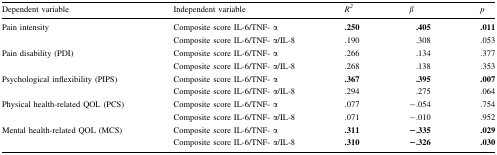
<table><thead><tr><td><b>Dependent variable</b></td><td><b>Independent variable</b></td><td><b><i>R</i><sup><i>2</i></sup></b></td><td><b><i>β</i></b></td><td><b><i>p</i></b></td></tr></thead><tbody><tr><td rowspan="2">Pain intensity</td><td>Composite score IL-6/TNF- α</td><td><b>.250</b></td><td><b>.405</b></td><td><b>.011</b></td></tr><tr><td>Composite score IL-6/TNF- α/IL-8</td><td>.190</td><td>.308</td><td>.053</td></tr><tr><td rowspan="2">Pain disability (PDI)</td><td>Composite score IL-6/TNF- α</td><td>.266</td><td>.134</td><td>.377</td></tr><tr><td>Composite score IL-6/TNF- α/IL-8</td><td>.268</td><td>.138</td><td>.353</td></tr><tr><td rowspan="2">Psychological inflexibility (PIPS)</td><td>Composite score IL-6/TNF- α</td><td><b>.367</b></td><td><b>.395</b></td><td><b>.007</b></td></tr><tr><td>Composite score IL-6/TNF- α/IL-8</td><td>.294</td><td>.275</td><td>.064</td></tr><tr><td rowspan="2">Physical health-related QOL (PCS)</td><td>Composite score IL-6/TNF- α</td><td>.077</td><td>−.054</td><td>.754</td></tr><tr><td>Composite score IL-6/TNF- α/IL-8</td><td>.071</td><td>−.010</td><td>.952</td></tr><tr><td rowspan="2">Mental health-related QOL (MCS)</td><td>Composite score IL-6/TNF- α</td><td><b>.311</b></td><td><b>−.335</b></td><td><b>.029</b></td></tr><tr><td>Composite score IL-6/TNF- α/IL-8</td><td><b>.310</b></td><td><b>−.326</b></td><td><b>.030</b></td></tr></tbody></table>